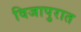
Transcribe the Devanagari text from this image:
विजापुरात